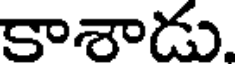
కాశాడు.